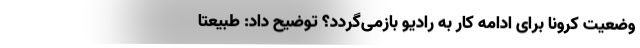
وضعیت کرونا برای ادامه کار به رادیو بازمی‌گردد؟ توضیح داد: طبیعتا